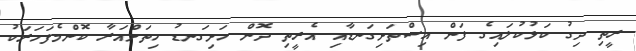
ރީތި ދިގު ކަޅުކުލައިގެ ފަން އިސްތަށިގަނޑާއި އެރީތި ދޮން ހަށިގަނޑު ހިތަށްއަރާ ކޮންމެފަހަރަކު